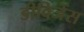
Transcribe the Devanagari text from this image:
डीविजेंस